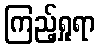
ကြည့်ရှုရာ